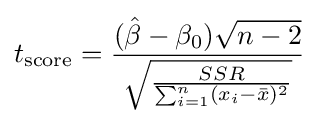
t_{\text{score}}={\frac {({\hat {\beta }}-\beta _{0}){\sqrt {n-2}}}{\sqrt {\frac {SSR}{\sum _{i=1}^{n}(x_{i}-{\bar {x}})^{2}}}}}